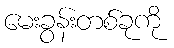
မေးခွန်းတစ်ခုကို